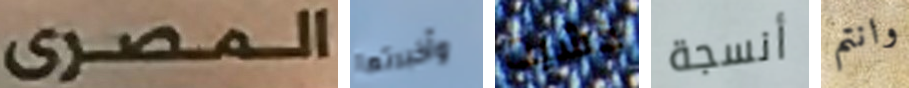
المصرى وأخبرتها خشيت أنسجة وانتم